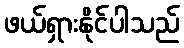
ဖယ်ရှားနိုင်ပါသည်